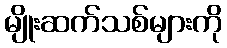
မျိုးဆက်သစ်များကို